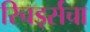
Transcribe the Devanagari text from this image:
रिचर्ड्सचा